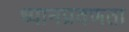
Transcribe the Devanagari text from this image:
ध्यानप्रवणता